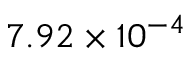
7 . 9 2 \times 1 0 ^ { - 4 }